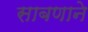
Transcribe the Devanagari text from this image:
साबणाने